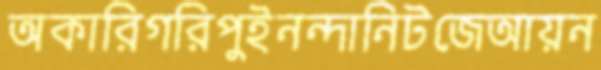
অকারিগরিপুইনন্দানিটজেআয়ন